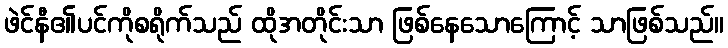
ဖဲင်နီ၏ပင်ကိုစရိုက်သည် ထိုအတိုင်းသာ ဖြစ်နေသောကြောင့် သာဖြစ်သည်။